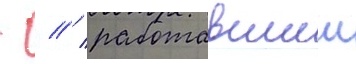
- // / работавшии